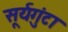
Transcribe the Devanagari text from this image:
सूर्यगुंटा